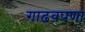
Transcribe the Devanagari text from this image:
गाढवपणा